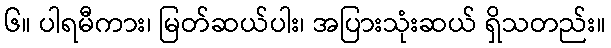
၆။ ပါရမီကား၊ မြတ်ဆယ်ပါး၊ အပြားသုံးဆယ် ရှိသတည်း။